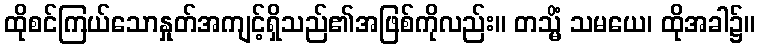
ထိုစင်ကြယ်သောနှုတ်အကျင့်ရှိသည်၏အဖြစ်ကိုလည်း။ တသ္မိံ သမယေ၊ ထိုအခါ၌။